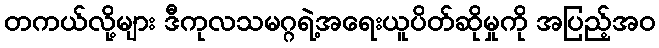
တကယ်လို့များ ဒီကုလသမဂ္ဂရဲ့အရေးယူပိတ်ဆိုမှုကို အပြည့်အ၀